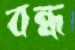
বন্ধ